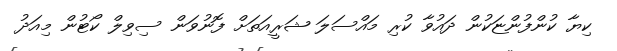
ކިޔާ ކުންފުންޏަކުން ދައުވާ ކުރި މައްސަލަ ޝަރީއަތަށް ފޮނުވަން ސިވިލް ކޯޓުން މިއަދު